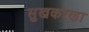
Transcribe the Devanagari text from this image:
सुखकरणा